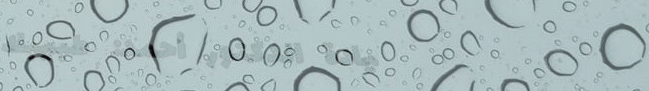
عيادة الدكتور أحمد: طبيبك